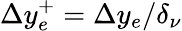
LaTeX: \Delta y_{e}^{+}=\Delta y_{e}/\delta_{\nu}